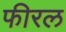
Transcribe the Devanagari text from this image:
फीरल